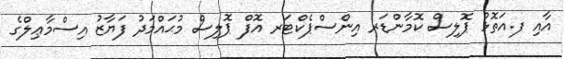
އާއި ފ.އަތޮޅު ޕޮލިސް ކޮމާންޑަރ އިންސްޕެކްޓަރ އޮފް ޕޮލިސް މުޙައްމަދު ފަޔާޒު އިސްމާޢިލްގެ